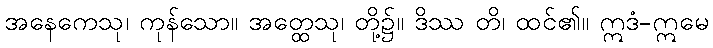
အနေကေသု၊ ကုန်သော။ အတ္ထေသု၊ တို့၌။ ဒိဿ တိ၊ ထင်၏။ ဣဒံ-ဣမေ